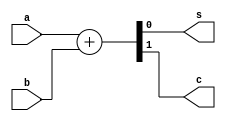
module Adder #(parameter bits = 1) (
  input [(bits-1):0] a,
  input [(bits-1):0] b,
  output [(bits-1):0] s,
  output c
);
   wire [bits:0] temp;
   assign temp = a + b;
   assign s = temp [(bits-1):0];
   assign c = temp[bits];
endmodule

module Subtractor #(parameter bits = 1) (
  input [(bits-1):0] a,
  input [(bits-1):0] b,
  output [(bits-1):0] d,
  output c
);
  wire [bits:0] temp;
  assign temp = a - b;
  assign d = temp[(bits - 1):0];
  assign c = temp[bits];
endmodule

module Register #(parameter bits = 1) (
  input clk,
  input [(bits-1):0]d,
  output [(bits-1):0]q
);
  reg [(bits-1):0] state = 'hX;
  assign q = state;

  always @ (posedge clk) 
    state <= d;
endmodule

module ROM #(parameter address_bits = 1, file = "") (
  input [(address_bits-1):0] address,
  output [15:0] data
);
  reg [15:0] memory [0:(2**address_bits-1)];  
  assign data = memory[address];
  
  initial
    $readmemh(file, memory); 
endmodule

module Multiplier  (
  input clk,
  input [7:0] a,
  input [7:0] b,
  input sgnd,
  output [15:0] p
);  
  wire [7:0] adder_s;
  wire adder_c;
  Adder #(.bits(8)) adder (
    .a(a),
    .b(b),
    .s(adder_s),
    .c(adder_c)
  );
  
  wire [7:0] subtractor_d;
  wire subtractor_c;
  Subtractor #(.bits(8)) subtractor (
    .a(a),
    .b(b),
    .d(subtractor_d),
    .c(subtractor_c)
  );
  
  wire invert_carry = (a[7] ^ b[7]) & sgnd;  
  
  wire [9:0] register1_input;
  assign register1_input[7:0] = adder_s;
  assign register1_input[8] = adder_c ^ invert_carry;
  assign register1_input[9] = sgnd;  
  
  wire [8:0] register2_input;  
  assign register2_input[7:0] = subtractor_d;
  assign register2_input[8] = subtractor_c ^ invert_carry;
  
  wire [9:0] rom1_address;  
  Register #(.bits(10)) register1 (
    .clk(clk),
    .d(register1_input),
    .q(rom1_address)
  ); 
  
  wire [8:0] rom2_address;  
  Register #(.bits(9)) register2 (
    .clk(clk),
    .d(register2_input),
    .q(rom2_address)
  ); 

  wire [15:0] rom1_data;
  ROM #(.address_bits(10), .file("rom1.hex")) rom1 (
    .address(rom1_address),
    .data(rom1_data)
  ); 

  wire [15:0] rom2_data;  
  ROM #(.address_bits(9), .file("rom2.hex")) rom2 (
    .address(rom2_address),
    .data(rom2_data)
  ); 
  
  wire [15:0] register_3_output;
  Register #(.bits(16)) register3 (
    .clk(clk),
    .d(rom1_data),
    .q(register_3_output)
  ); 
  
  wire [15:0] register_4_output;  
  Register #(.bits(16)) register4 (
    .clk(clk),
    .d(rom2_data),
    .q(register_4_output)
  );
  
  Subtractor #(.bits(16)) final_subtractor (
    .a(register_3_output),
    .b(register_4_output),
    .d(p)
  );
endmodule